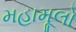
મહામૂલો